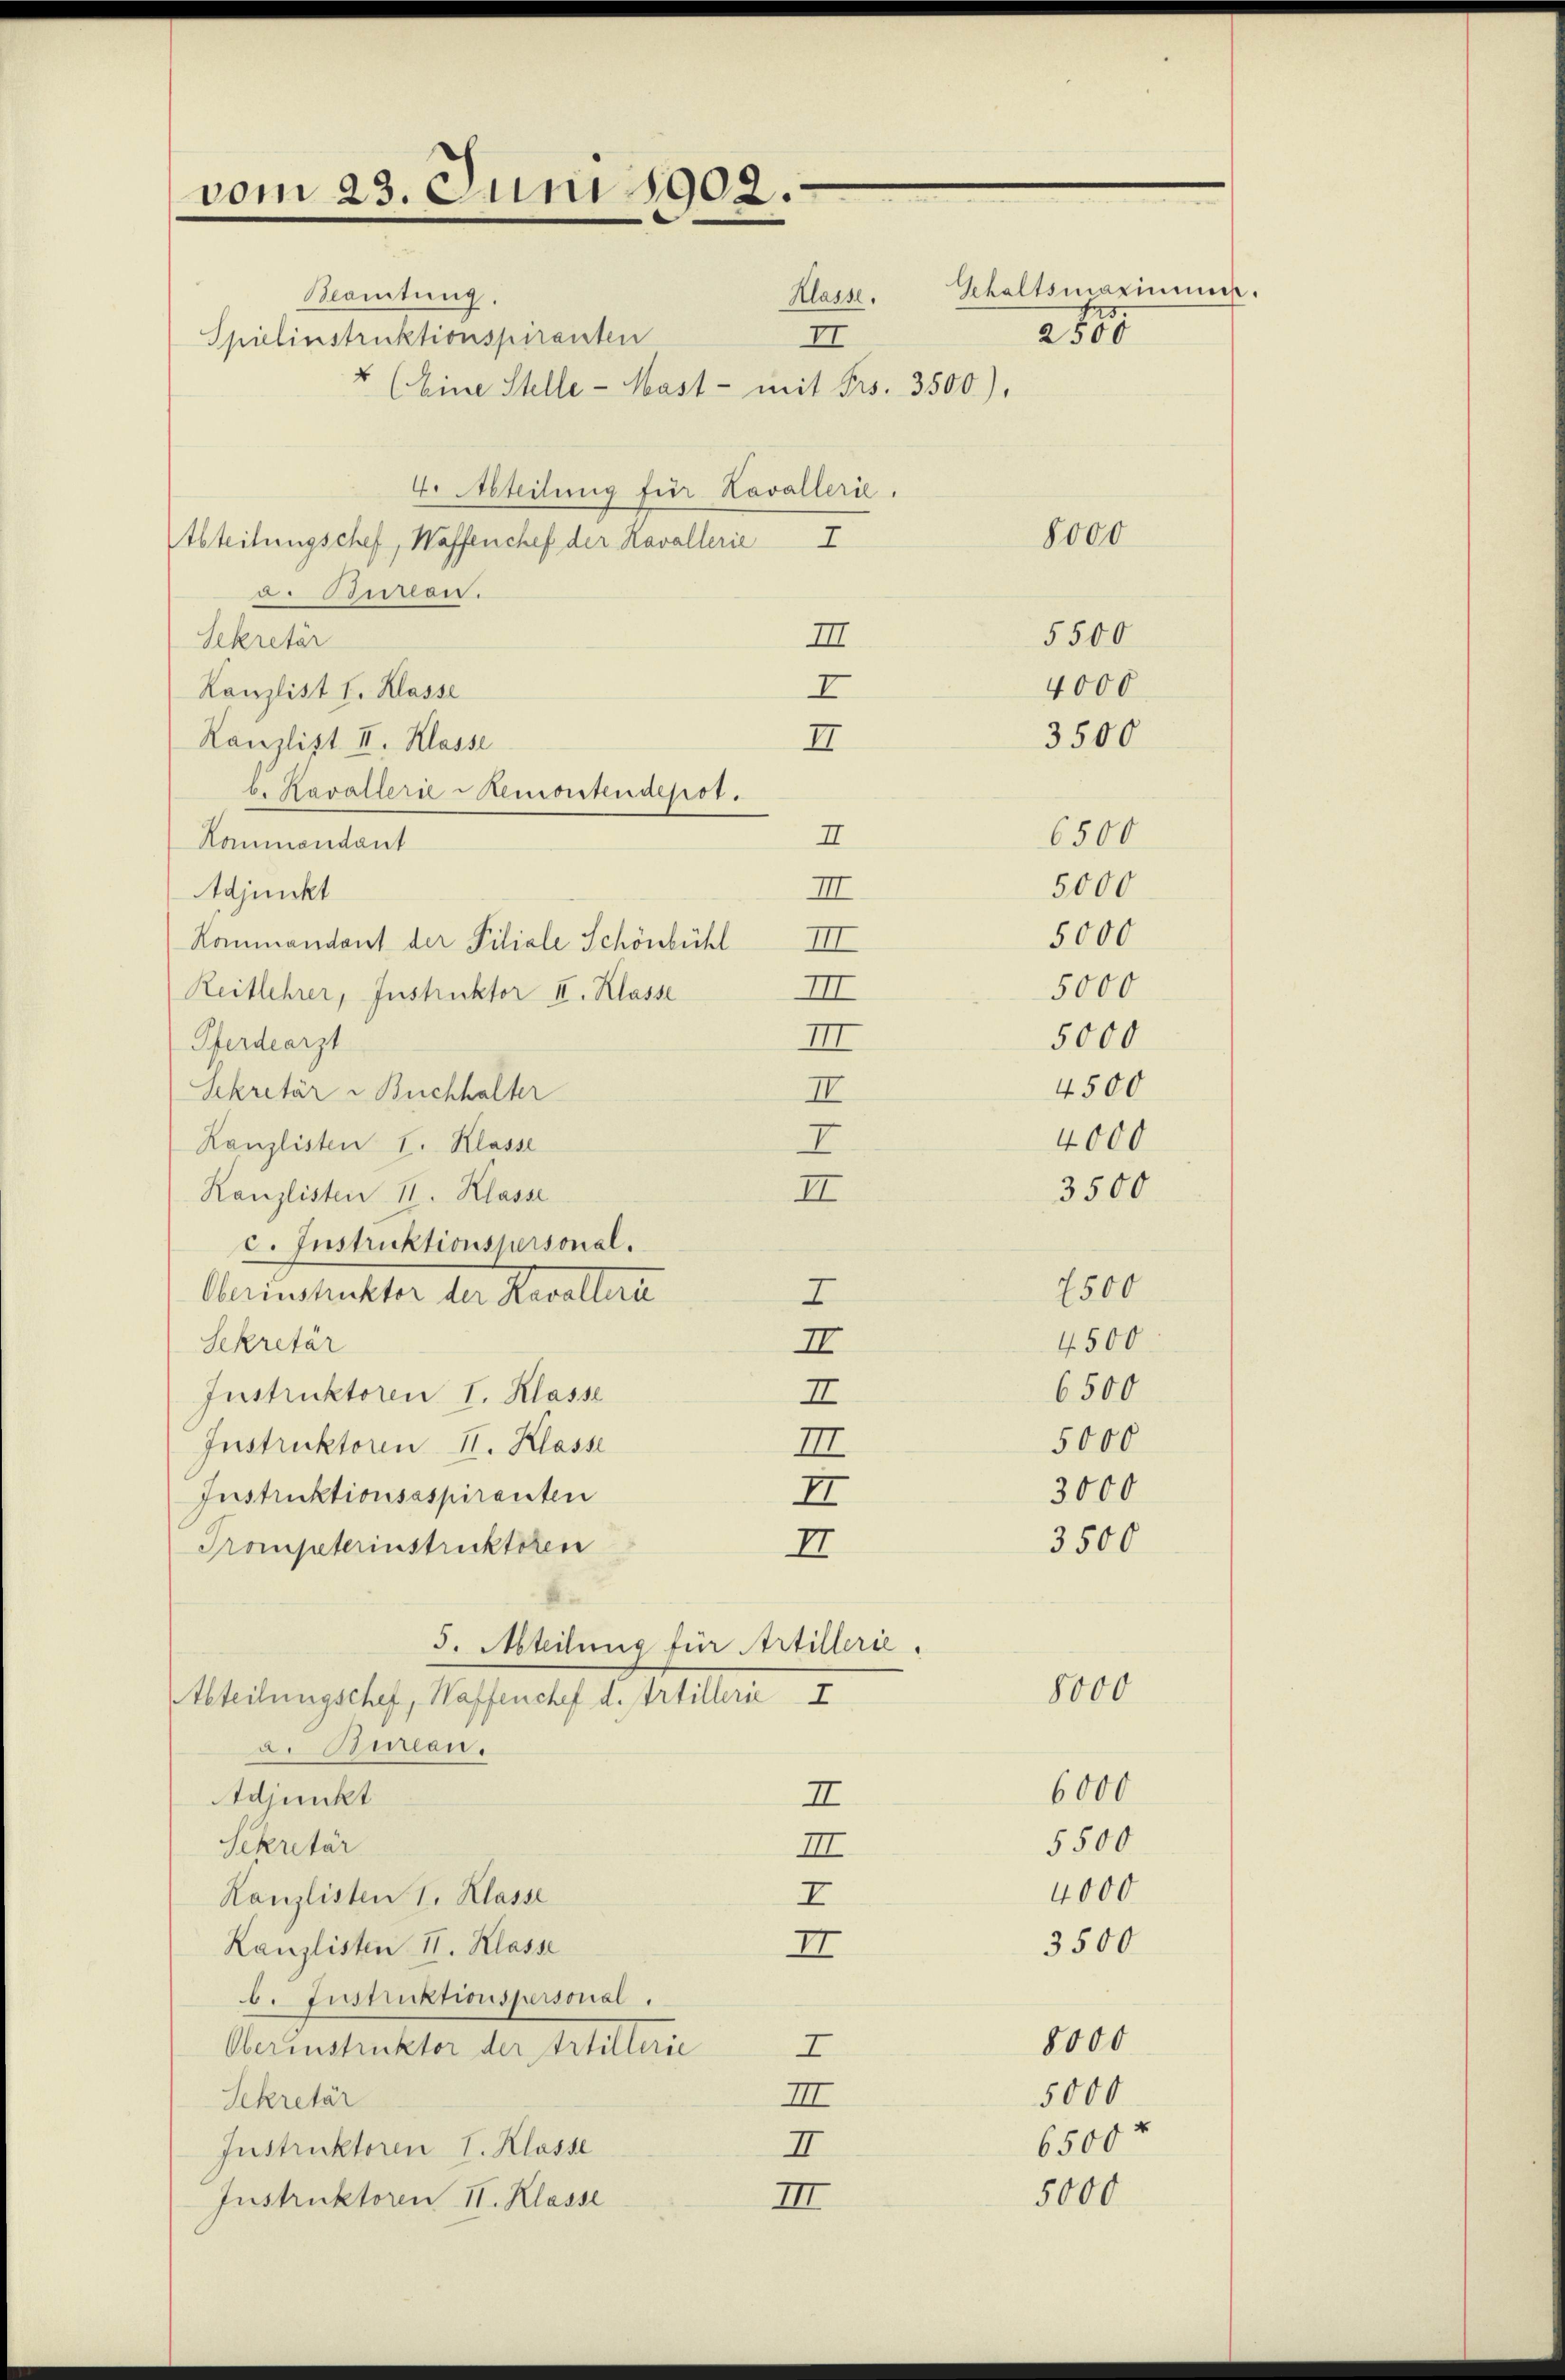
vom 23. Juni 1902.

Mamtung
II
Spielinstruktionspiranten
E (Eine Stelle - Mast - mit Frs. 3500).
4. Abteilung für Kavallerie.
Abteilungschef, Waffenchef der Kavallerie
7
a. Baron.
III
Sekretär
I
Kanzlist I. Klasse
Kanzlist II. Klasse
II
b. Kavallerie Memontendepot.
I
Ranmandant
III.
Adjunkt
Kommandant der Filiale Schönbühl III
III
Reitlehrer, Instruktor II. Klasse
III
Pferdearzt
Sekretär - Buchhalter
II
I
Kanzlisten I. Klasse
II
Kanzlisten II. Klasse
c. Instruktionspersonal.
Oberinstruktor der Revalleru
7
II
Sekretär
Instruktoren I. Klasse
I
III
Instruktoren II. Klasse
II
Instruktionsaspiranten
Trompeterinstruktoren
II
5. Abteilung für Artillerie,
AAbteilungschef, Waffenchef d. Artillerie I
a. Bureau.
Adjunkt
II
Sekretär
II.
Kanzlisten 1. Klasse
I
Kanzlisten II. Klasse
II
b. Instruktionspersonal.
Oberinstruktor der Artillerie I
III
Sekretär
I
Instruktoren I. Klasse
Instruktoren II. Klasse
III

8000
5500
4000
3500
6500
5000
5000
5000
5000
4500
4000
3500
7500
4500
6500
5000
3000
3500
8000
6000
5500
4000
3500

Klasse. Gehaltsmaximum.
205

8000
5000
6500 f

5000